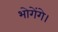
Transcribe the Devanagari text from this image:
भोगेंगे।